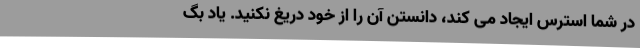
در شما استرس ایجاد می کند، دانستن آن را از خود دریغ نکنید. یاد بگ